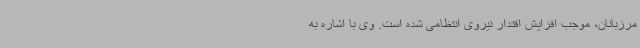
مرزبانان، موجب افزایش اقتدار نیروی انتظامی شده است. وی با اشاره به